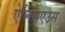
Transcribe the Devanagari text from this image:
ऐलिसएउस